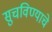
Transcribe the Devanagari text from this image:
सुचविण्याचे